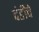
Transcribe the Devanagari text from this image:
दंडीचे